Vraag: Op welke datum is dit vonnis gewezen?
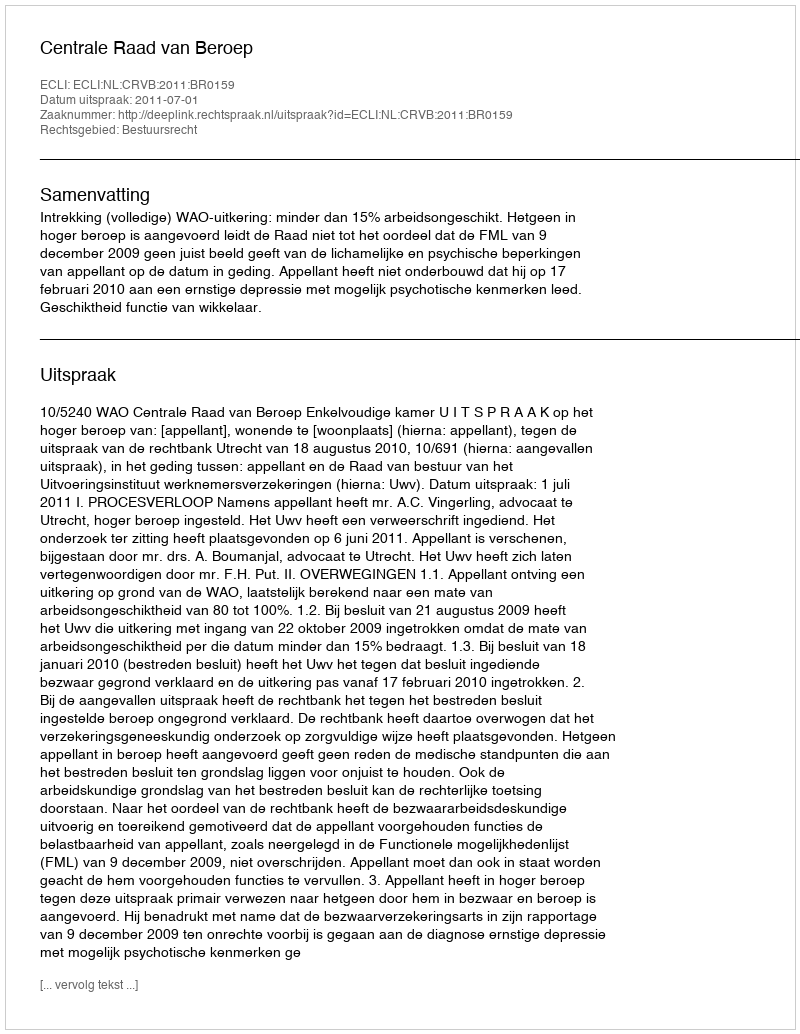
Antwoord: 2011-07-01